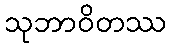
သုဘာဝိတဿ